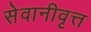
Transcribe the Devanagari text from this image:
सेवानीवृत्त